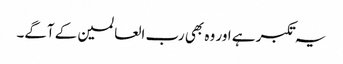
یہ تکبر ہے اور وہ بھی رب العالمین کے آگے۔